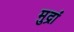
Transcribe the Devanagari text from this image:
मुद्रां